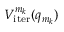
V _ { \mathrm { i t e r } } ^ { m _ { k } } ( q _ { m _ { k } } )